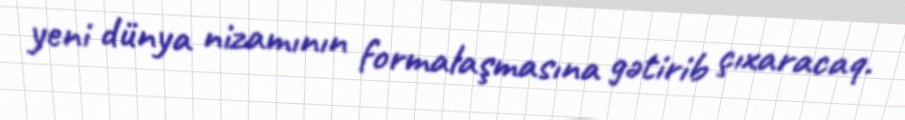
yeni dünya nizamının formalaşmasına gətirib çıxaracaq.